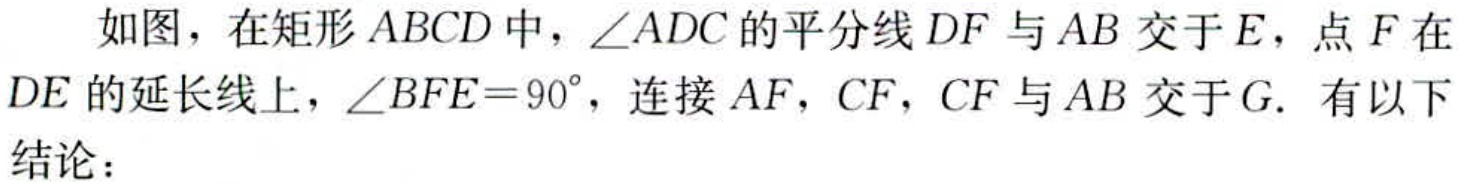
如图，在矩形\(ABCD\)中，\(\angle ADC\)的平分线\(DF\)与\(AB\)交于\(E\)，点\(F\)在\(DE\)的延长线上，\(\angle BFE = 90^{\circ}\)，连接\(AF\)，\(CF\)，\(CF\)与\(AB\)交于\(G\). 有以下结论：